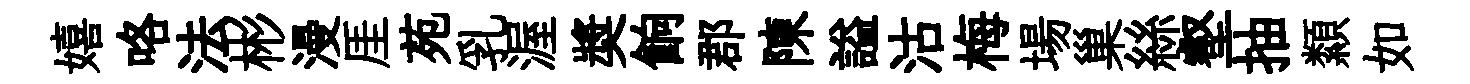
嬉咯法彬漫厓苑乳渥奬餉郡陳謚沽梅場巢絲壑抽纇如